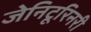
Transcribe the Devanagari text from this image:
जेनिटूरिनरी